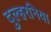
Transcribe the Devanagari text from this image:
दुल्हरनिया